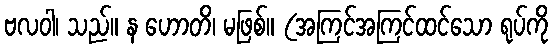
ဗလဝါ၊ သည်။ န ဟောတိ၊ မဖြစ်။ (အကြင်အကြင်ထင်သော ရုပ်ကို